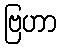
ဗြဟာ